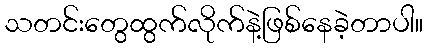
သတင်းတွေထွက်လိုက်နဲ့ဖြစ်နေခဲ့တာပါ။